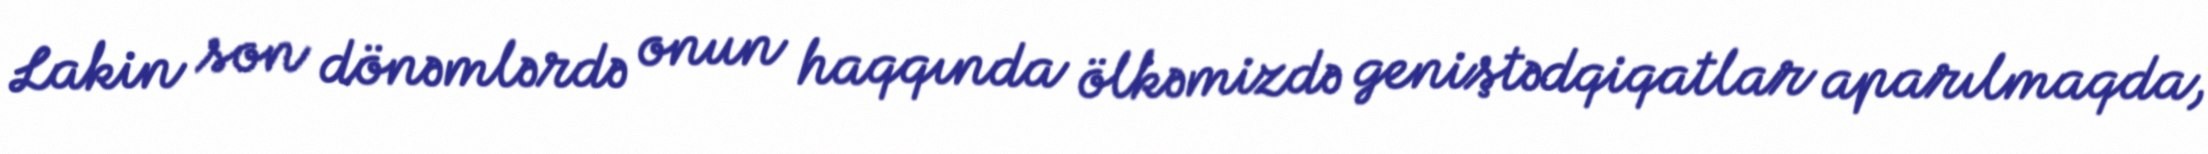
Lakin son dönəmlərdə onun haqqında ölkəmizdə geniştədqiqatlar aparılmaqda,